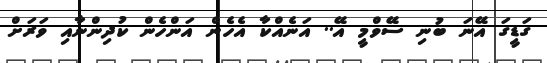
ގަޑީގަ އޭނަ ބުނި ސޭވްމީ އޭ.. އަނެއްކާ އެހެން އަންހެން ކުދިންނާއި ވަރަށް